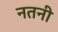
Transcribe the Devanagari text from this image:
नतनी